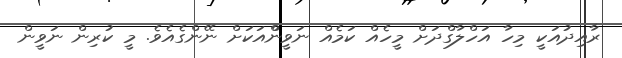
ރާއިދުއަކީ މިހާ އަހްލާގްދަށް މީހެއް ކަމެއް ނަވީންްއަކަށް ނޭންގެއެވެ. މީ ކުރިން ނަވީން